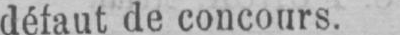
défaut de concours.